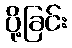
ပို့ခြင်း